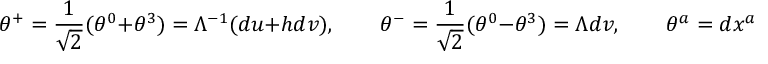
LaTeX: \theta ^ { + } = \frac 1 { \sqrt 2 } ( \theta ^ { 0 } + \theta ^ { 3 } ) = \Lambda ^ { - 1 } ( d u + h d v ) , \qquad \theta ^ { - } = \frac 1 { \sqrt 2 } ( \theta ^ { 0 } - \theta ^ { 3 } ) = \Lambda d v , \qquad \theta ^ { a } = d x ^ { a } .